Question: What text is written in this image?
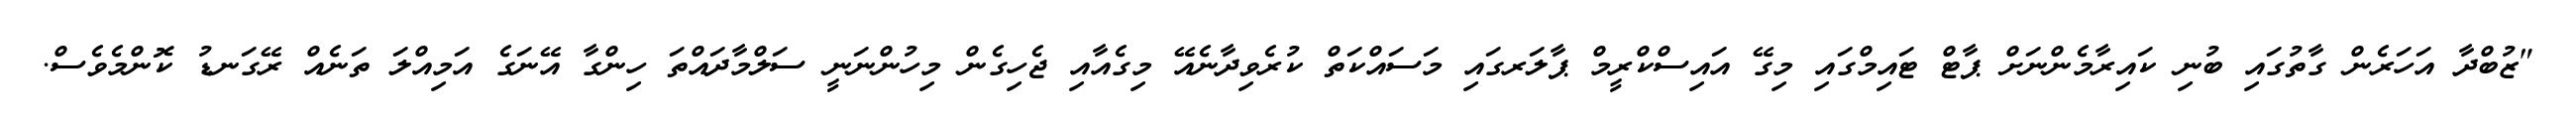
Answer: "ޒުބްދާ އަހަރެން ގާތުގައި ބުނި ކައިރާމެންނަށް ޕާޓް ޓައިމްގައި މިގޭ އައިސްކްރީމް ޕާލަރގައި މަސައްކަތް ކުރެވިދާނެއޭ މިގެއާއި ޖެހިގެން މިހުންނަނީ ސަލްމާދައްތަ ހިންގާ އޭނަގެ އަމިއްލަ ތަނެއް ރޭގަނޑު ކޮންމެވެސް.